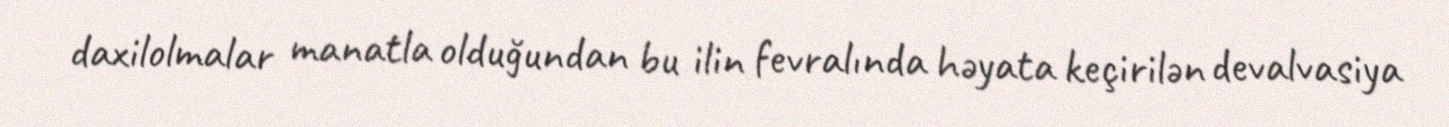
daxilolmalar manatla olduğundan bu ilin fevralında həyata keçirilən devalvasiya